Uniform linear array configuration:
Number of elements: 48
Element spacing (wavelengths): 1
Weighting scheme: hamming
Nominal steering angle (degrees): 30
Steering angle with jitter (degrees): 31.53
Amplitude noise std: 0.05
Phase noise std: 0.05

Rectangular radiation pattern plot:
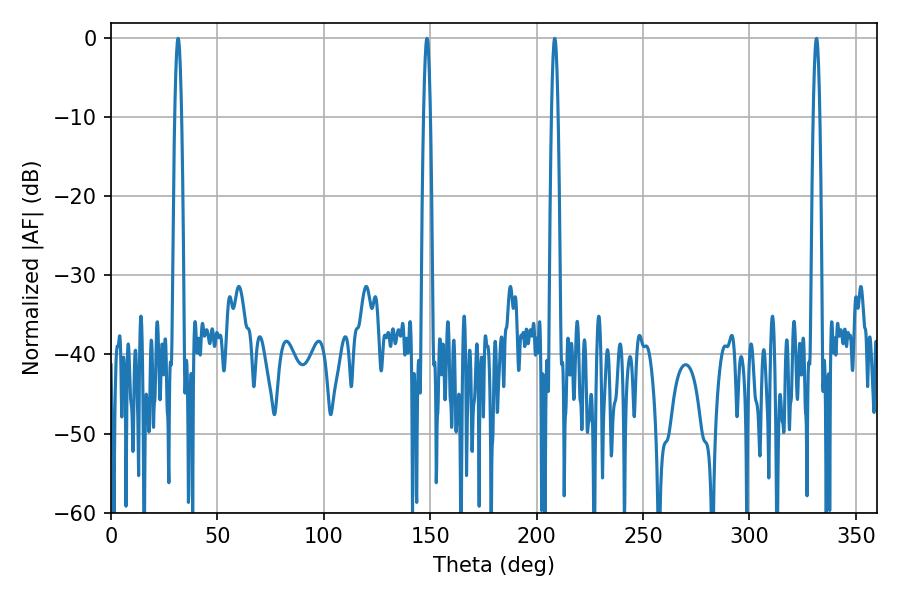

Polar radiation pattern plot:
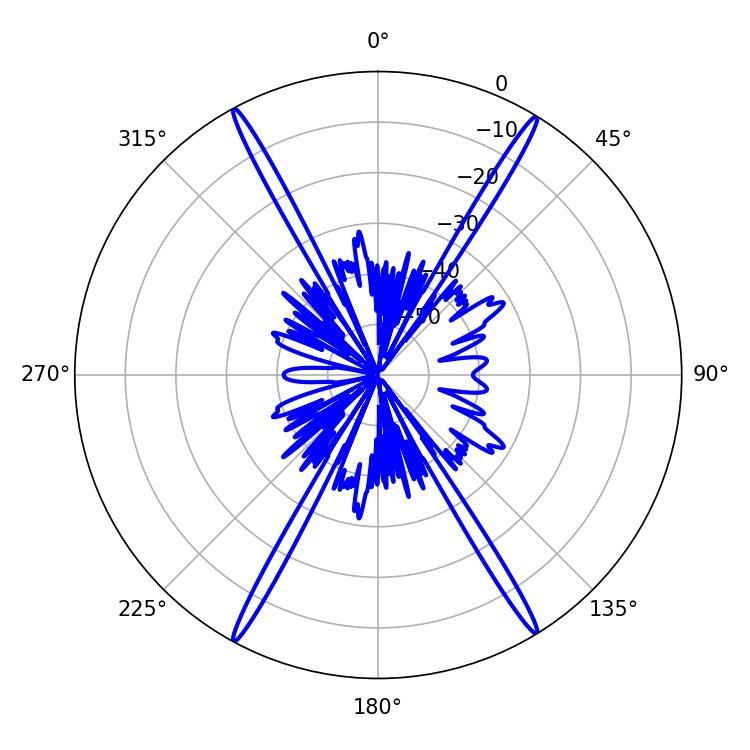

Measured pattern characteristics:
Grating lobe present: TRUE
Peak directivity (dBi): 26.719
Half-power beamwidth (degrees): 1.62
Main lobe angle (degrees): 148.5